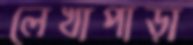
লেখাপাড়া